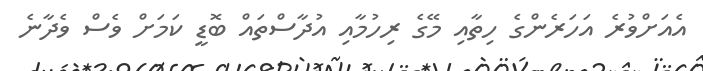
އެއަށްވުރެ އަހަރެންގެ ހިތާއި މޭގެ ރިހުމާއި އުދާސްތައް ބޮޑީ ކަމަށް ވެސް ވެދާނެ